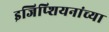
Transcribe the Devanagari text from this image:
इजिप्शियनांच्या